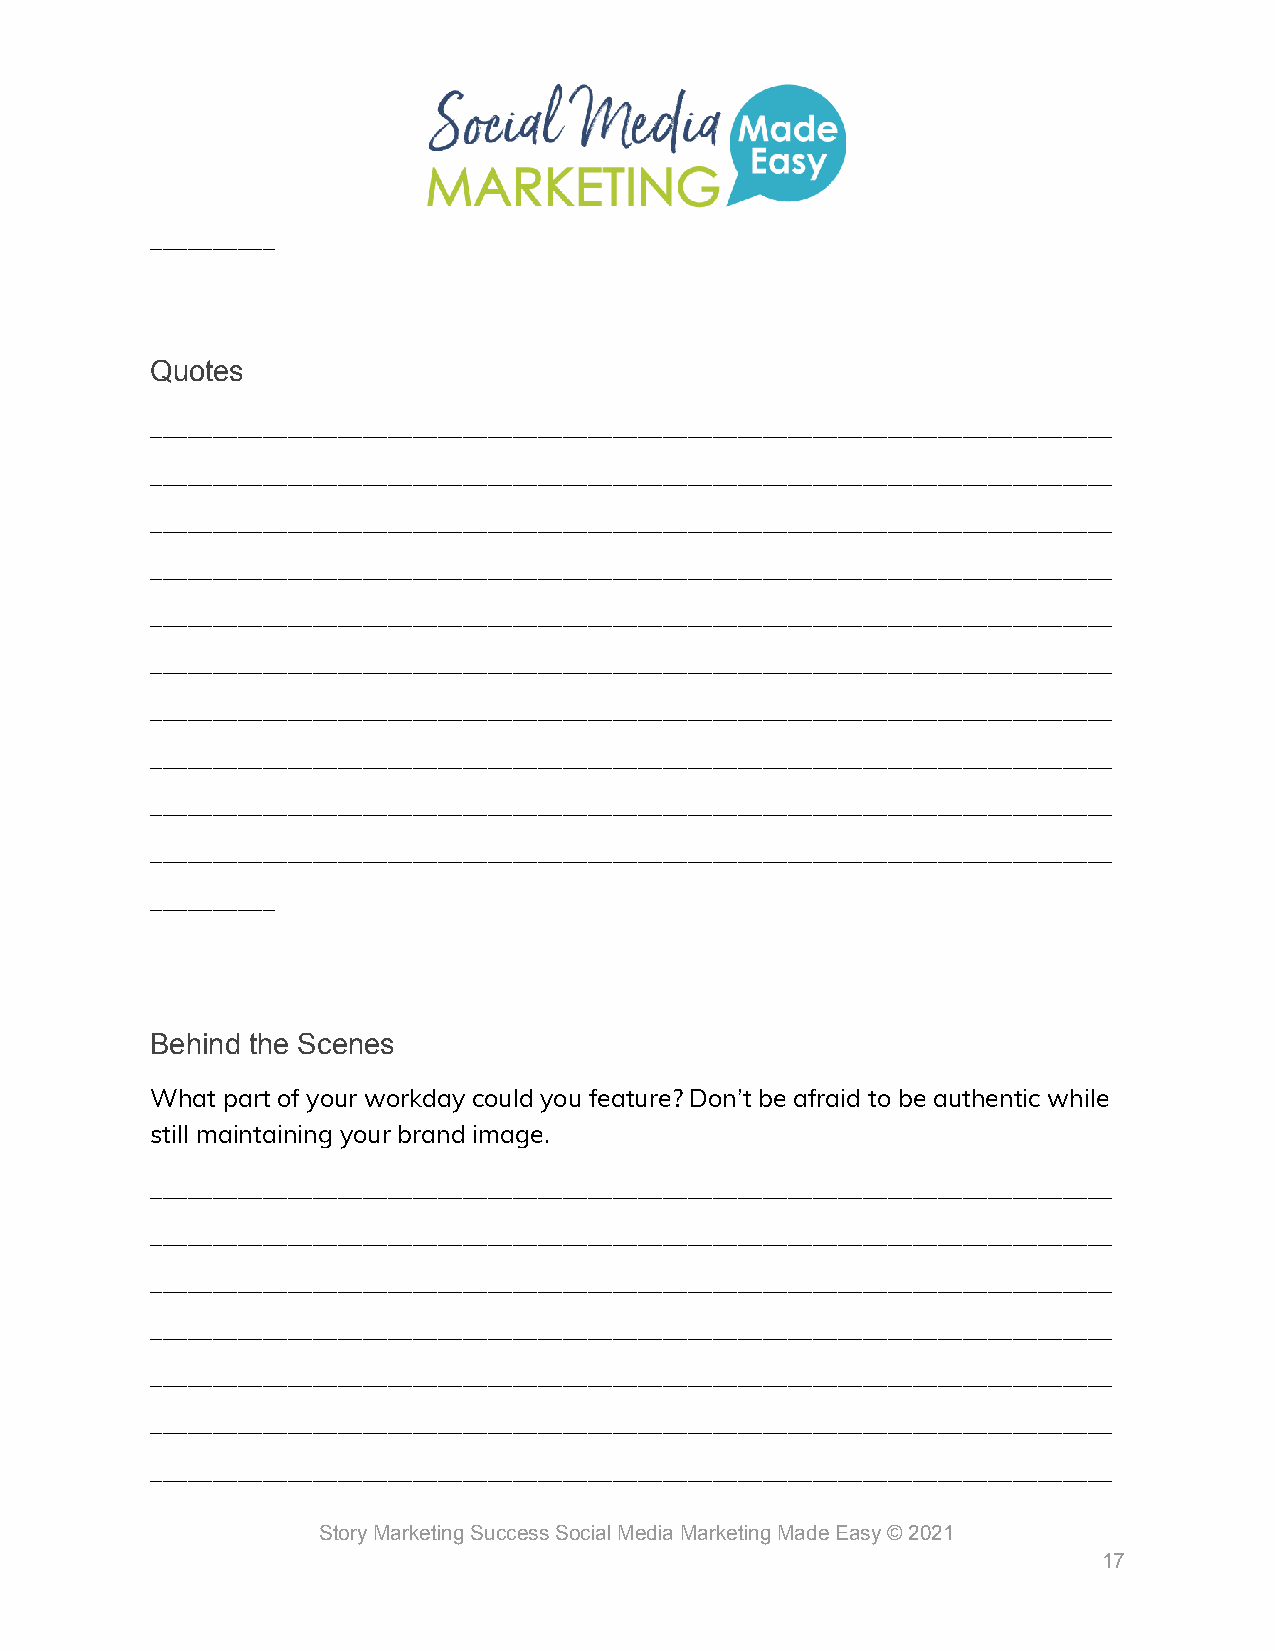
__________
 Quotes
 _____________________________________________________________________________
 _____________________________________________________________________________
 _____________________________________________________________________________
 _____________________________________________________________________________
 _____________________________________________________________________________
 _____________________________________________________________________________
 _____________________________________________________________________________
 _____________________________________________________________________________
 _____________________________________________________________________________
 _____________________________________________________________________________
 __________
 Behind the Scenes
 What part of your workday could you feature? Don’t be afraid to be authentic while
 still maintaining your brand image.
 _____________________________________________________________________________
 _____________________________________________________________________________
 _____________________________________________________________________________
 _____________________________________________________________________________
 _____________________________________________________________________________
 _____________________________________________________________________________
 _____________________________________________________________________________
 Story Marketing Success Social Media Marketing Made Easy © 2021
 17